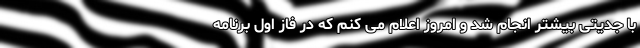
با جدیتی بیشتر انجام شد و امروز اعلام می کنم که در فاز اول برنامه